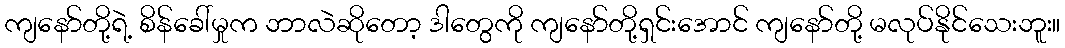
ကျနော်တို့ရဲ့ စိန်ခေါ်မှုက ဘာလဲဆိုတော့ ဒါတွေကို ကျနော်တို့ရှင်းအောင် ကျနော်တို့ မလုပ်နိုင်သေးဘူး။